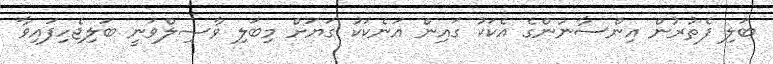
ބަލި ފެތުރުން އިންސާނުންގެ އެކަކު ގައިން އަނެކަކު ގަޔަށް މިބަލި ވާޞިލްވަނީ ބަލިޖެހިފައިވާ